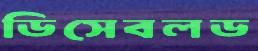
ডিসেবলড